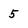
Character: 5